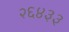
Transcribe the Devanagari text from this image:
२६४३३